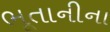
ભૂતાનીના